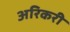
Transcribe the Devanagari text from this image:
अरिकरी